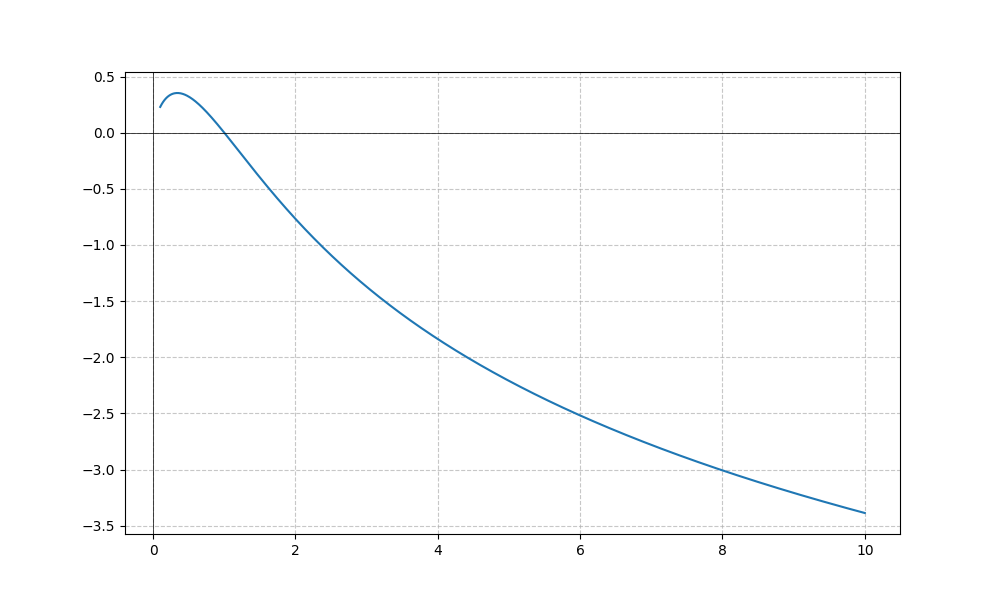
LaTeX formula: - \log{\left(x \right)} \operatorname{atan}{\left(x \right)}